Report on vaccination in the Province of Bengal - 1869-1873
Year: 1869
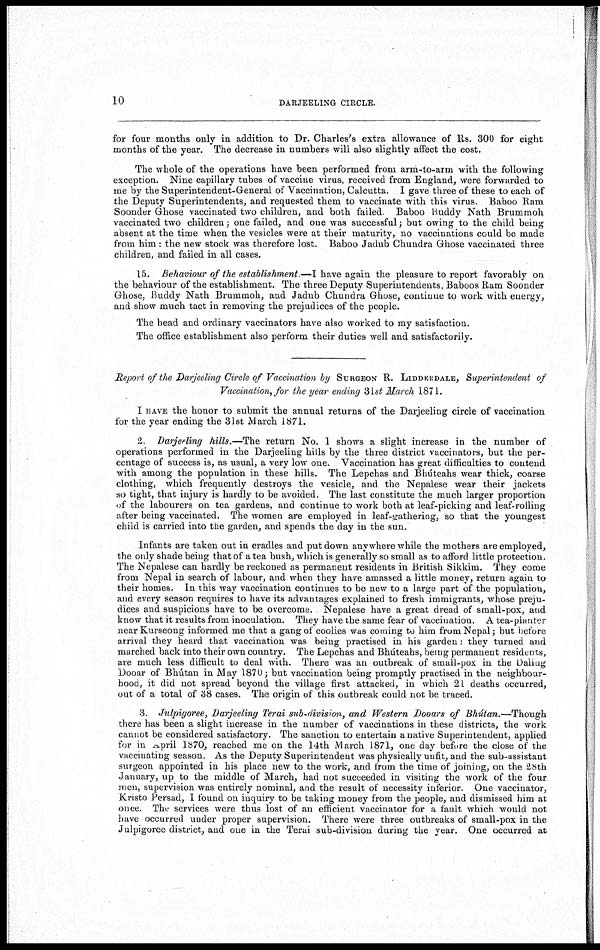
10
DARJEELING CIRCLE.
for four months only in addition to Dr. Charles's extra allowance of Rs. 300 for eight
months of the year. The decrease in numbers will also slightly affect the cost.
The whole of the operations have been performed from arm-to-arm with the following
exception. Nine capillary tubes of vaccine virus, received from England, were forwarded to
me by the Superintendent-General of Vaccination, Calcutta. I gave three of these to each of
the Deputy Superintendents, and requested them to vaccinate with this virus. Baboo Ram
Soonder Ghose vaccinated two children, and both failed. Baboo Buddy Nath Brummoh
vaccinated two children; one failed, and one was successful; but owing to the child being
absent at the time when the vesicles were at their maturity, no vaccinations could be made
from him : the new stock was therefore lost. Baboo Jadub Chundra Ghose vaccinated three
children, and failed in all cases.
15. Behaviour of the establishment.—I have again the pleasure to report favorably on
the behaviour of the establishment. The three Deputy Superintendents, Baboos Ram Soonder
Ghose, Buddy Nath Brummoh, and Jadub Chundra Ghose, continue to work with energy,
and show much tact in removing the prejudices of the people.
The head and ordinary vaccinators have also worked to my satisfaction.
The office establishment also perform their duties well and satisfactorily.
Report of the Darjeeling Circle of Vaccination by SURGEON R. LIDDERDALE, Superintendent of
Vaccination, for the year ending 31st March 1871.
I HAVE the honor to submit the annual returns of the Darjeeling circle of vaccination
for the year ending the 31st March 1871.
2. Darjeeling hills.—The return No. 1 shows a slight increase in the number of
operations performed in the Darjeeling hills by the three district vaccinators, but the per-
centage of success is, as usual, a very low one. Vaccination has great difficulties to contend
with among the population in these hills. The Lepchas and Bhúteahs wear thick, coarse
clothing, which frequently destroys the vesicle, and the Nepalese wear their jackets
so tight, that injury is hardly to be avoided. The last constitute the much larger proportion
of the labourers on tea gardens, and continue to work both at leaf-picking and leaf-rolling
after being vaccinated. The women are employed in leaf-gathering, so that the youngest
child is carried into the garden, and spends the day in the sun.
Infants are taken out in cradles and put down anywhere while the mothers are employed,
the only shade being that of a tea bush, which is generally so small as to afford little protection.
The Nepalese can hardly be reckoned as permanent residents in British Sikkim. They come
from Nepal in search of labour, and when they have amassed a little money, return again to
their homes. In this way vaccination continues to be new to a large part of the population,
and every season requires to have its advantages explained to fresh immigrants, whose preju-
dices and suspicions have to be overcome. Nepalese have a great dread of small-pox, and
know that it results from inoculation. They have the same fear of vaccination. A tea-planter
near Kurseong informed me that a gang of coolies was coming to him from Nepal; but before
arrival they heard that vaccination was being practised in his garden: they turned and
marched back into their own country. The Lepchas and Bhúteahs, being permanent residents,
are much less difficult to deal with. There was an outbreak of small-pox in the Dahug
Dooar of Bhútan in May 1870; but vaccination being promptly practised in the neighbour-
hood, it did not spread beyond the village first attacked, in which 21 deaths occurred,
out of a total of 38 cases. The origin of this outbreak could not be traced.
3. Julpigoree, Darjeeling Terai sub-division, and Western Dooars of Bhútan.—Though
there has been a slight increase in the number of vaccinations in these districts, the work
cannot be considered satisfactory. The sanction to entertain a native Superintendent, applied
for in April 1870, reached me on the 14th March 1871, one day before the close of the
vaccinating season. As the Deputy Superintendent was physically unfit, and the sub-assistant
surgeon appointed in his place new to the work, and from the time of joining, on the 28 th
January, up to the middle of March, had not succeeded in visiting the work of the four
men, supervision was entirely nominal, and the result of necessity inferior. One vaccinator,
Kristo Persad, I found on inquiry to be taking money from the people, and dismissed him at
once. The services were thus lost of an efficient vaccinator for a fault which would not
have occurred under proper supervision. There were three outbreaks of small-pox in the
Julpigoree district, and one in the Terai sub-division during the year. One occurred at